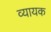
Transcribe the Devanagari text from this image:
व्यायक